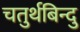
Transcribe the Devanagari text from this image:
चतुर्थबिन्दु